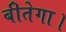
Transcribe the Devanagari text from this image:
बीतेगा।